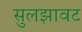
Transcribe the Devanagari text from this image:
सुलझावट